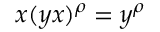
x ( y x ) ^ { \rho } = y ^ { \rho }